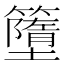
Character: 𥶴